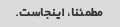
مطمئنا، اینجاست.